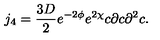
j _ { 4 } = \frac { 3 D } { 2 } e ^ { - 2 \phi } e ^ { 2 \chi } c \partial c { \partial } ^ { 2 } c .